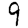
Digit: 9